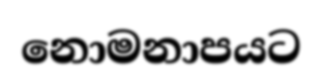
නොමනාපයට